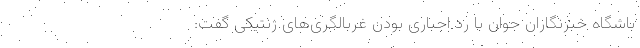
باشگاه خبرنگاران جوان با رد اجباری بودن غربالگری‌های ژنتیکی گفت: